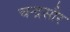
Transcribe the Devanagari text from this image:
चन्द्रसौर